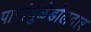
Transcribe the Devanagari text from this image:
पानांमुळेडौलदार